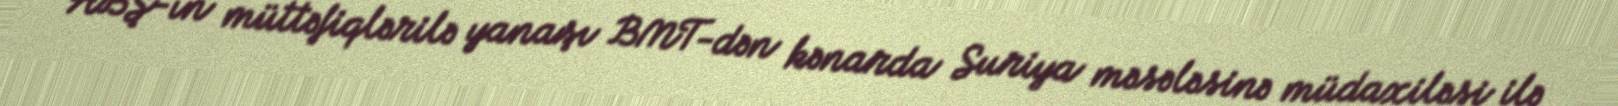
ABŞ-ın müttəfiqlərilə yanaşı BMT-dən kənarda Suriya məsələsinə müdaxiləsi ilə